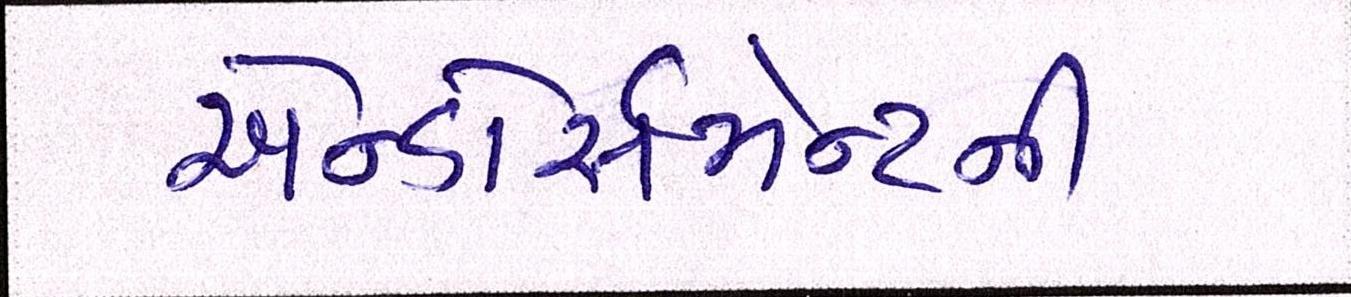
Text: એન્ડોર્સમેન્ટની